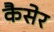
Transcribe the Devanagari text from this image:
कैसेर